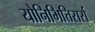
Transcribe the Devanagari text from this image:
योनिभित्तिसर्स